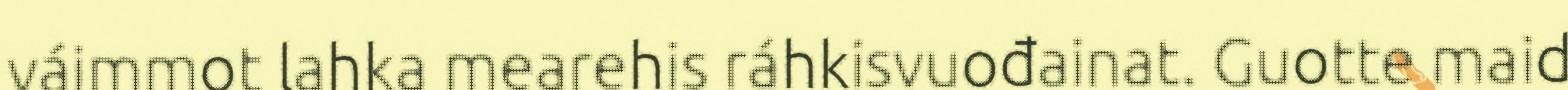
váimmot lahka mearehis ráhkisvuođainat. Guotte maid